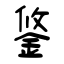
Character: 鋚